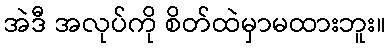
အဲဒီ အလုပ်ကို စိတ်ထဲမှာမထားဘူး။